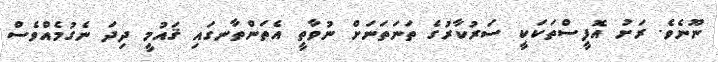
ނޫނެވެ. ރަށު އޮފީސްތަކަކީ ސަރުކާރުގެ ތަނަތަނަށް ނުވާތީ އެތަންތާނގައި ޤައުމީ ދިދަ ނެގުމެއްވެސް